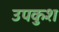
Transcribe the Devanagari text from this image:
उपकुश